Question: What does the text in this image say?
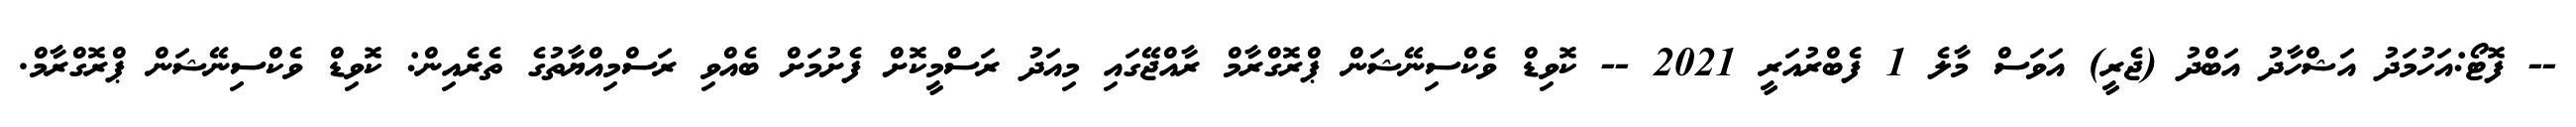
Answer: -- ފޮޓޯ:އަހުމަދު އަޝްހާދު އަބްދު (ޖެރީ) އަވަސް މާލެ 1 ފެބްރުއަރީ 2021 -- ކޮވިޑް ވެކްސިނޭޝަން ޕްރޮގްރާމް ރާއްޖޭގައި މިއަދު ރަސްމީކޮށް ފެށުމަށް ބެއްވި ރަސްމިއްޔާތުގެ ތެރެއިން: ކޮވިޑް ވެކްސިނޭޝަން ޕްރޮގްރާމް.